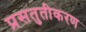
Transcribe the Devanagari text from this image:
प्रसतुतीकरण